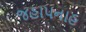
જહાપનાહ